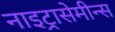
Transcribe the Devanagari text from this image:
नाइट्रासेमीन्स